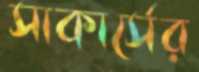
সাকার্সের